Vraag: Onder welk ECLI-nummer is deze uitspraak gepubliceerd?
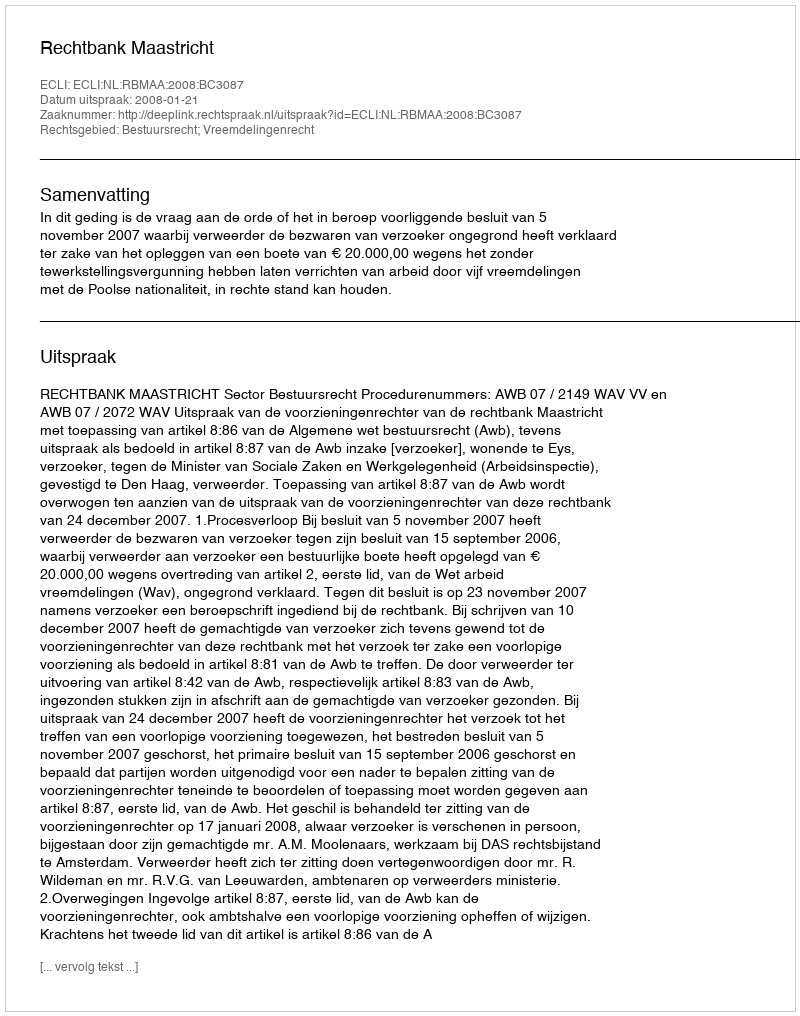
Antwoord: ECLI:NL:RBMAA:2008:BC3087